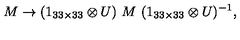
M \rightarrow ( 1 _ { 3 3 \times 3 3 } \otimes U ) \ M \ ( 1 _ { 3 3 \times 3 3 } \otimes U ) ^ { - 1 } ,